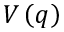
V \left( q \right)